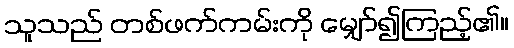
သူသည် တစ်ဖက်ကမ်းကို မျှော်၍ကြည့်၏။